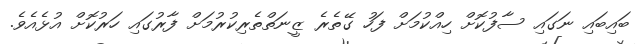
ބައިބައި ނަގައި ސާފުކޮށް ހިއްކުމަށް ފަހު ގޭތެރެ ޒީނަތްތެރިކުރުމަށް ފާރުގައި ހަރުކޮށް އުޅެއެވެ.